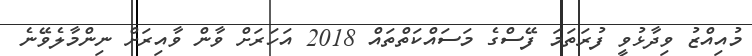
މުއިއްޒު ވިދާޅުވީ ފުރަތަމަ ފޭސްގެ މަސައްކަތްތައް 2018 އަހަރަށް ވާން ވާއިރަށް ނިންމާލެވޭނެ